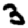
Digit: 3